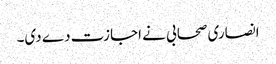
انصاری صحابی نے اجازت دے دی۔